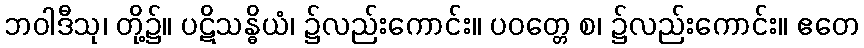
ဘဝါဒီသု၊ တို့၌။ ပဋိသန္ဓိယံ၊ ၌လည်းကောင်း။ ပဝတ္တေ စ၊ ၌လည်းကောင်း။ ဧတေ